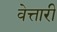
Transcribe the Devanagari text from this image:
वेत्तारी